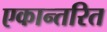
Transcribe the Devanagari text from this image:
एकान्तरित